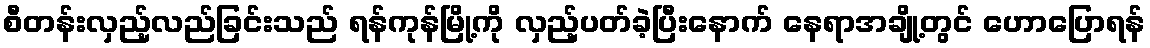
စီတန်းလှည့်လည်ခြင်းသည် ရန်ကုန်မြို့ကို လှည့်ပတ်ခဲ့ပြီးနောက် နေရာအချို့တွင် ဟောပြောရန်